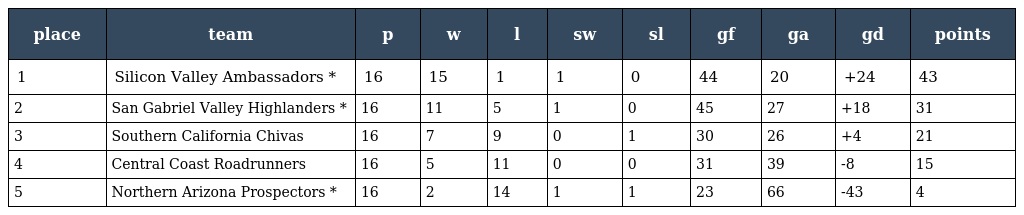
| place | team | p | w | l | sw | sl | gf | ga | gd | points |
 | --- | --- | --- | --- | --- | --- | --- | --- | --- | --- | --- |
 | 1 | Silicon Valley Ambassadors * | 16 | 15 | 1 | 1 | 0 | 44 | 20 | +24 | 43 |
 | 2 | San Gabriel Valley Highlanders * | 16 | 11 | 5 | 1 | 0 | 45 | 27 | +18 | 31 |
 | 3 | Southern California Chivas | 16 | 7 | 9 | 0 | 1 | 30 | 26 | +4 | 21 |
 | 4 | Central Coast Roadrunners | 16 | 5 | 11 | 0 | 0 | 31 | 39 | -8 | 15 |
 | 5 | Northern Arizona Prospectors * | 16 | 2 | 14 | 1 | 1 | 23 | 66 | -43 | 4 |